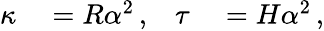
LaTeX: \begin{array}{rlrl}{\kappa}&{{}=R\alpha^{2}\, ,}&{\tau}&{{}=H\alpha^{2}\, ,}\end{array}